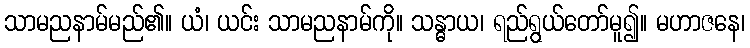
သာမညနာမ်မည်၏။ ယံ၊ ယင်း သာမညနာမ်ကို။ သန္ဓာယ၊ ရည်ရွယ်တော်မူ၍။ မဟာဇနေ၊